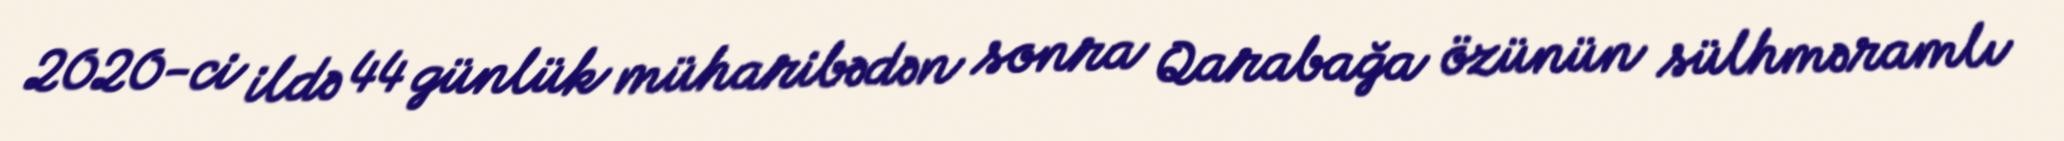
2020-ci ildə 44 günlük müharibədən sonra Qarabağa özünün sülhməramlı